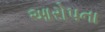
આરોપના